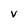
Character: V